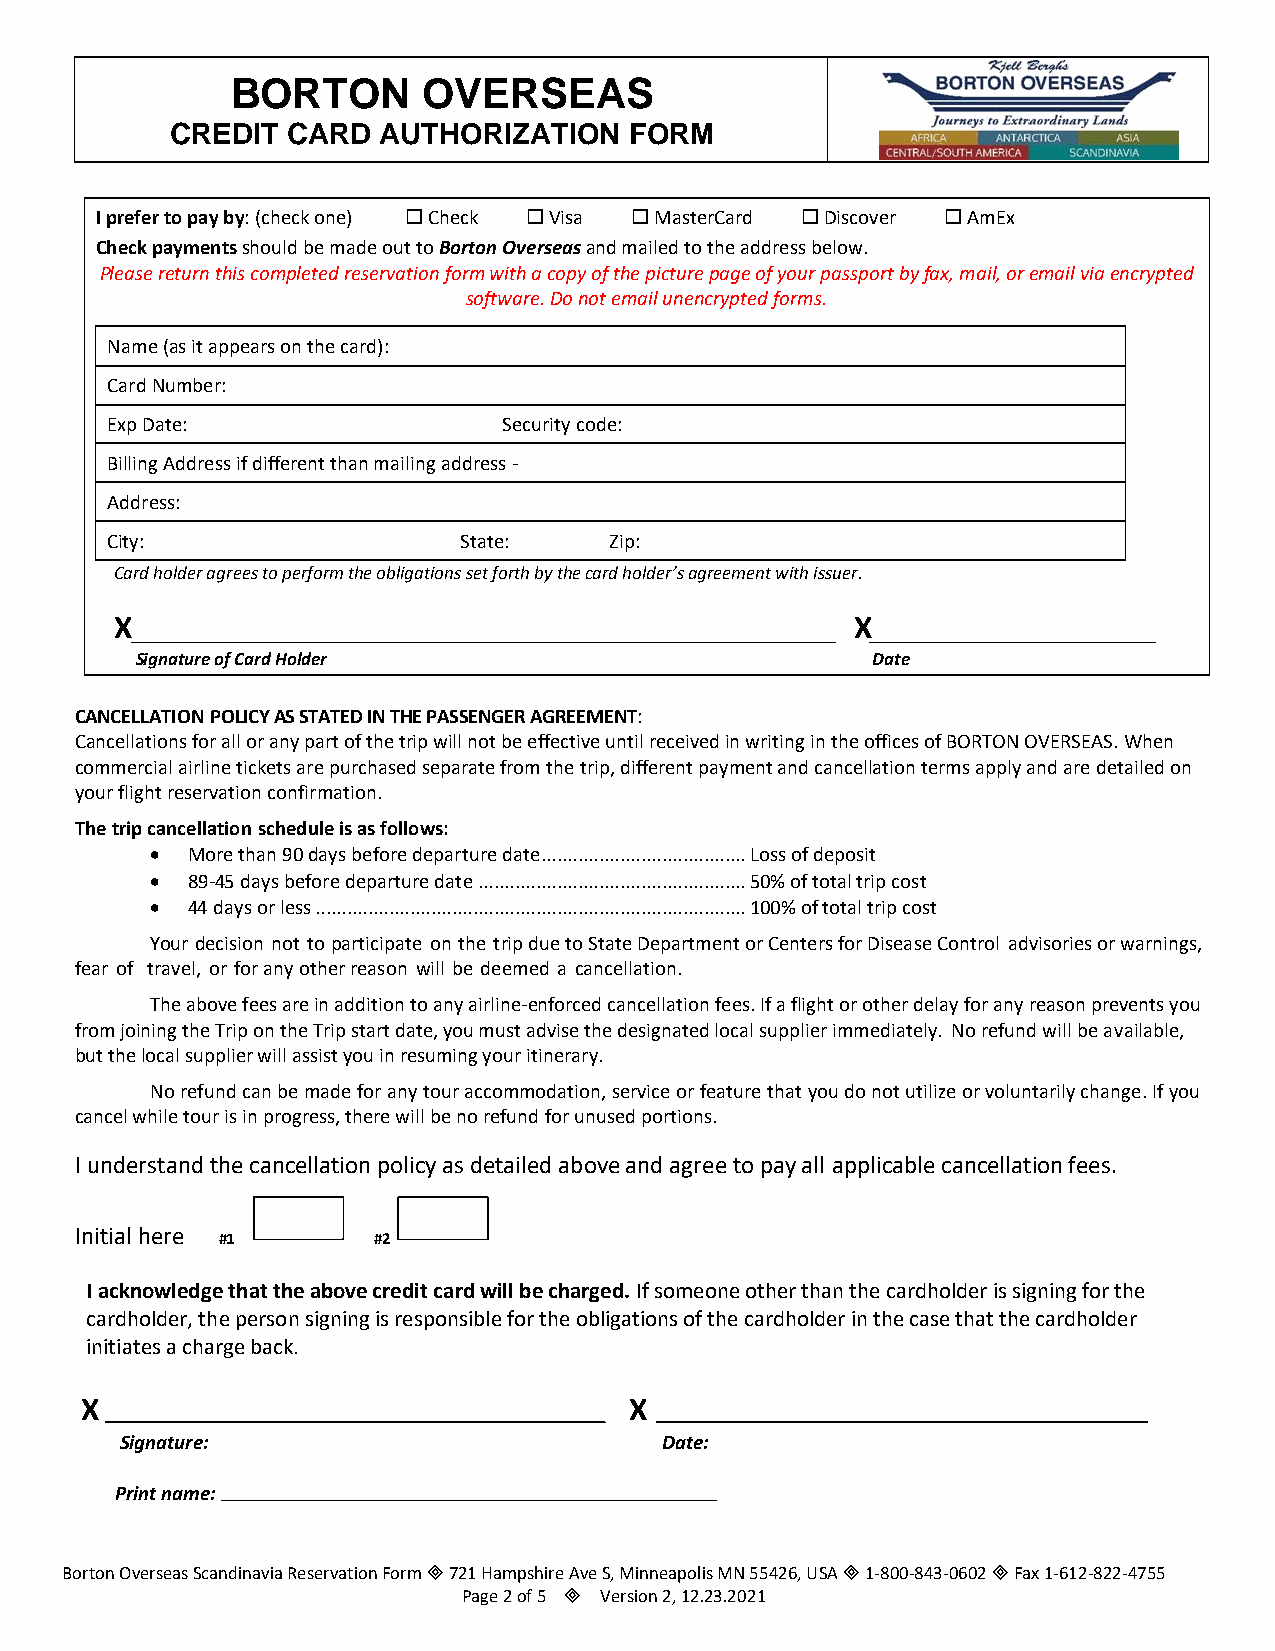
BORTON       OVERSEAS
 CREDIT  CARD  AUTHORIZATION    FORM
 I prefer to pay by: (check one)  Check  Visa  MasterCard  Discover  AmEx
 Check payments should be made out to Borton Overseas and mailed to the address below.
 Please return this completed reservation form with a copy of the picture page of your passport by fax, mail, or email via encrypted
 software. Do not email unencrypted forms.
 Name (as it appears on the card):
 Card Number:
 Exp Date:                 Security code:
 Billing Address if different than mailing address -
 Address:
 City:                   State:   Zip:
 Card holder agrees to perform the obligations set forth by the card holder’s agreement with issuer.
 X                                                X
 Signature of Card Holder                         Date
 CANCELLATION POLICY AS STATED IN THE PASSENGER AGREEMENT:
 Cancellations for all or any part of the trip will not be effective until received in writing in the offices of BORTON OVERSEAS. When
 commercial airline tickets are purchased separate from the trip, different payment and cancellation terms apply and are detailed on
 your flight reservation confirmation.
 The trip cancellation schedule is as follows:
 • More than 90 days before departure date ....................................... Loss of deposit
 • 89-45 days before departure date ................................................... 50% of total trip cost
 • 44 days or less .................................................................................. 100% of total trip cost
 Your decision not to participate on the trip due to State Department or Centers for Disease Control advisories or warnings,
 fear of travel, or for any other reason will be deemed a cancellation.
 The above fees are in addition to any airline-enforced cancellation fees. If a flight or other delay for any reason prevents you
 from joining the Trip on the Trip start date, you must advise the designated local supplier immediately. No refund will be available,
 but the local supplier will assist you in resuming your itinerary.
 No refund can be made for any tour accommodation, service or feature that you do not utilize or voluntarily change. If you
 cancel while tour is in progress, there will be no refund for unused portions.
 I understand the cancellation policy as detailed above and agree to pay all applicable cancellation fees.
 Initial here #1     #2
 I acknowledge that the above credit card will be charged. If someone other than the cardholder is signing for the
 cardholder, the person signing is responsible for the obligations of the cardholder in the case that the cardholder
 initiates a charge back.
 X                                    X
 Signature:                          Date:
 Print name:
 Borton Overseas Scandinavia Reservation Form  721 Hampshire Ave S, Minneapolis MN 55426, USA  1-800-843-0602  Fax 1-612-822-4755
 Page 2 of 5 Version 2, 12.23.2021